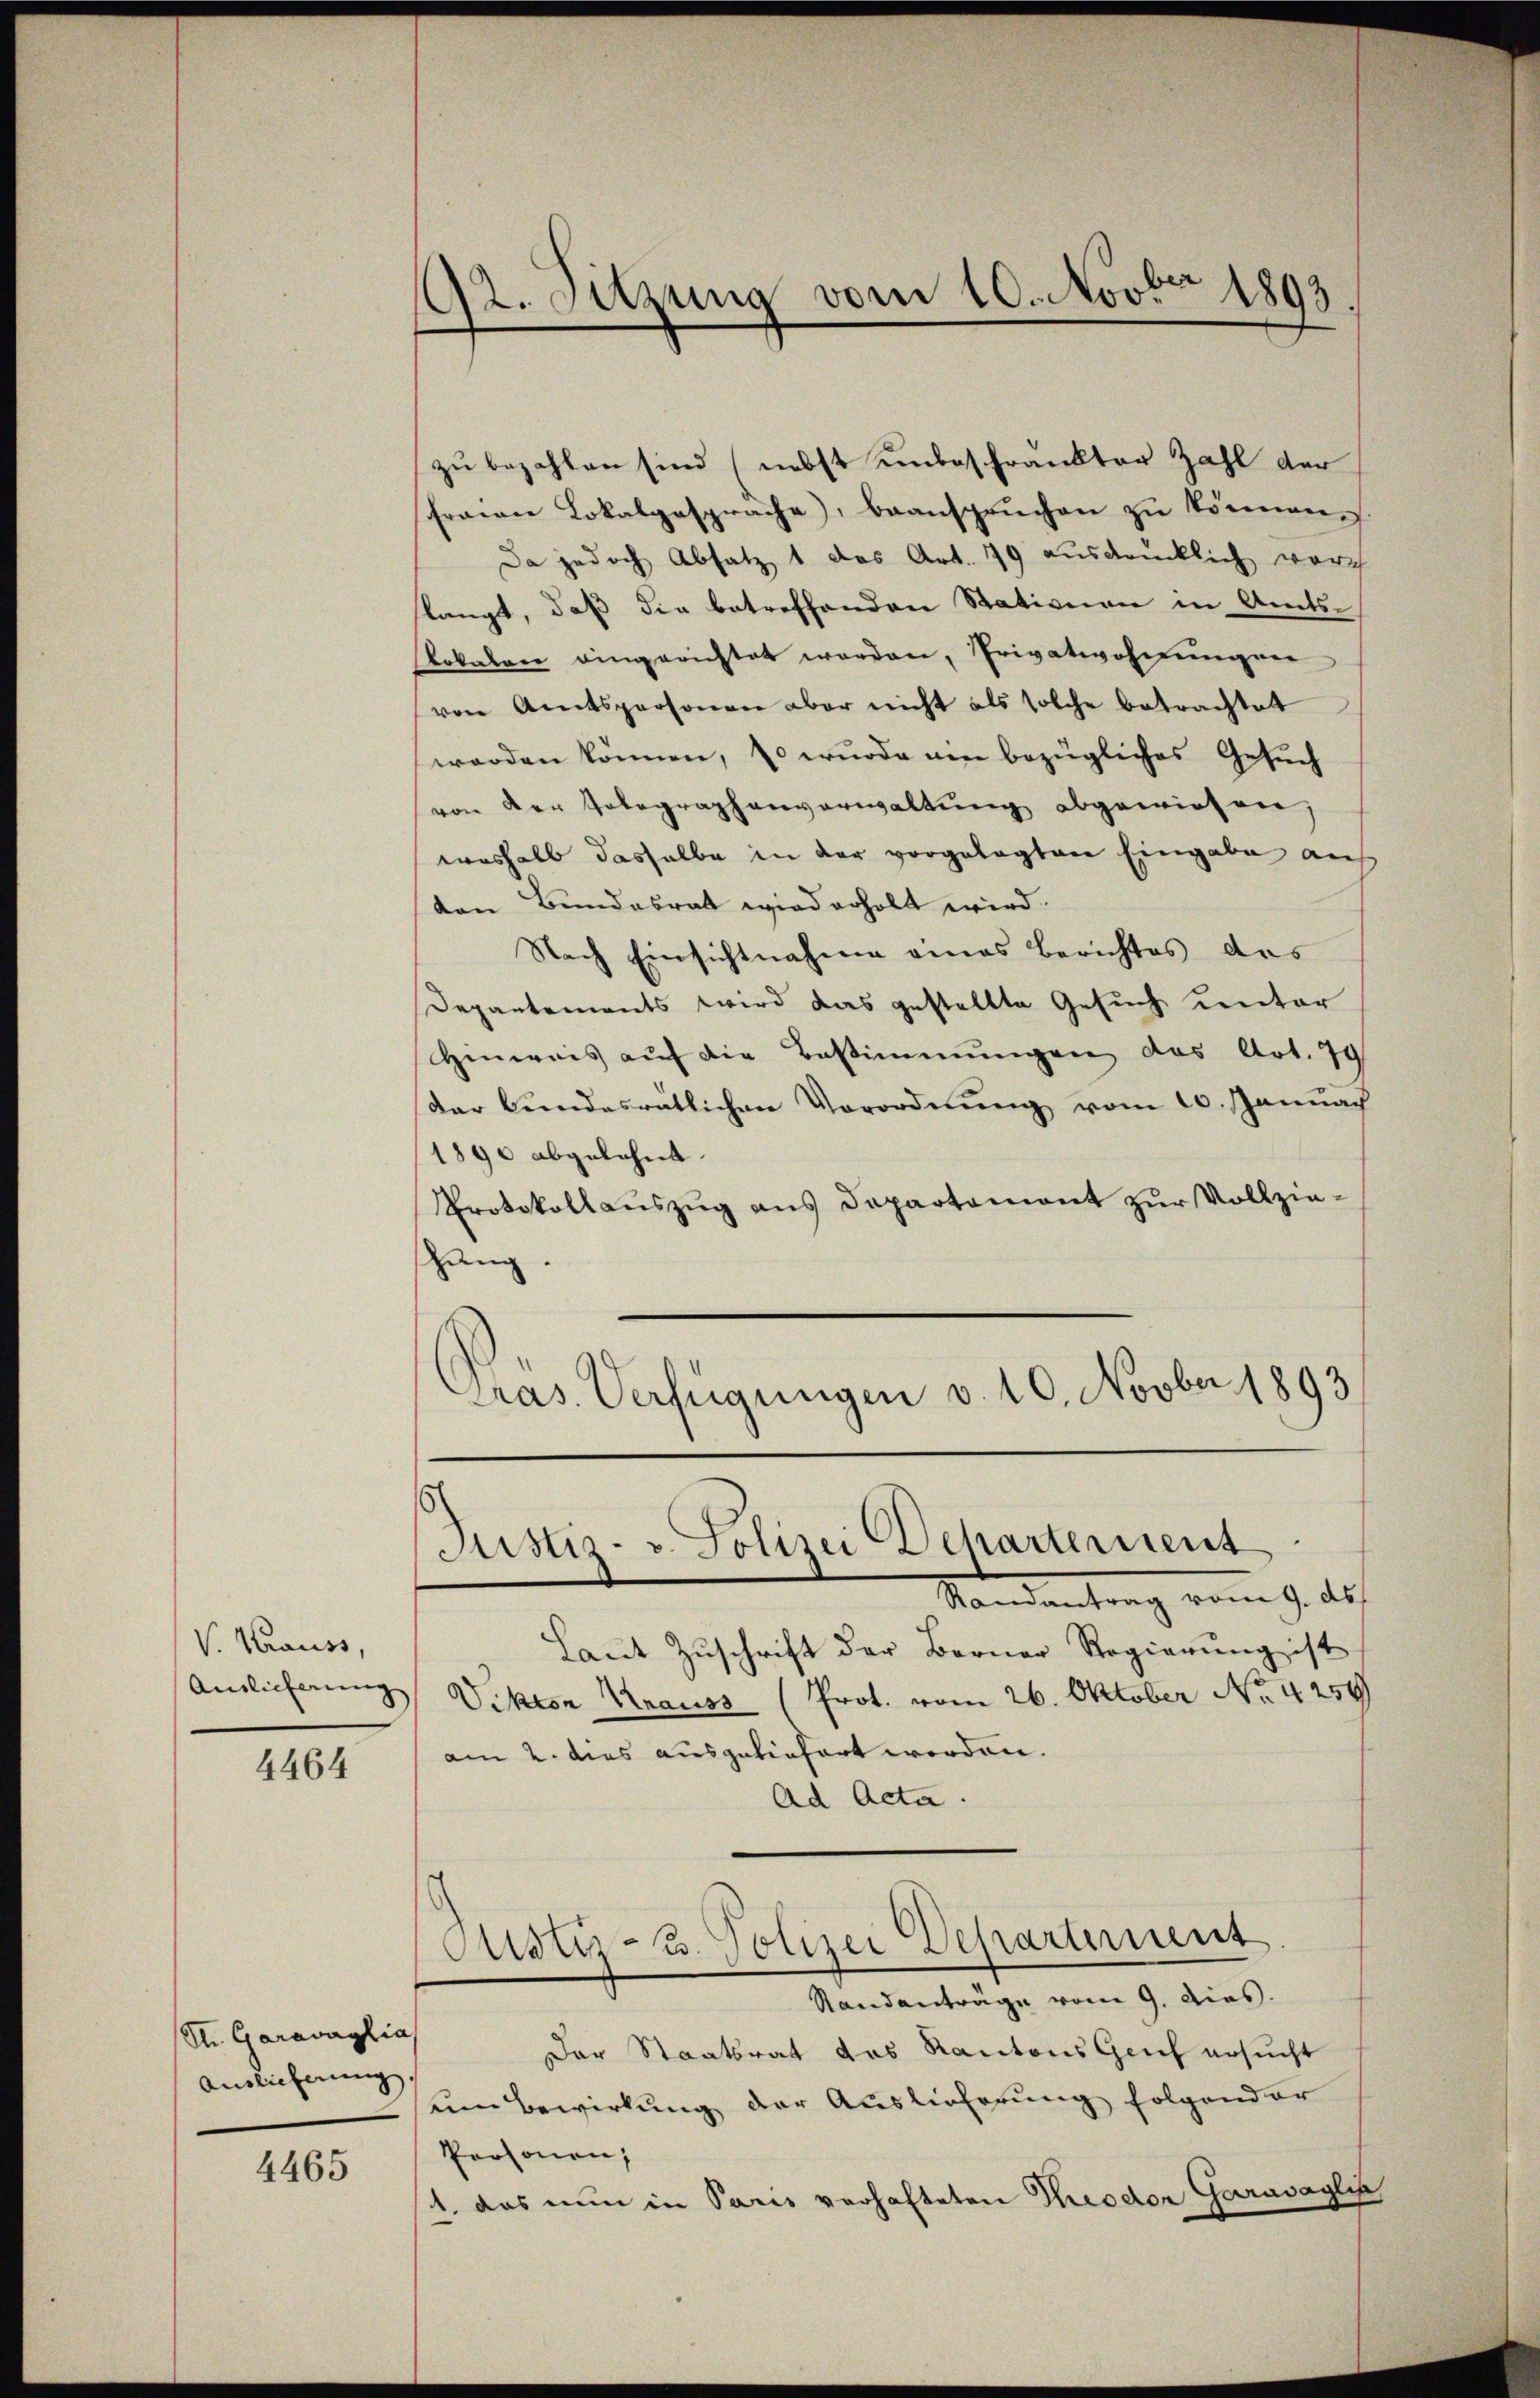
V. Krauss,
Auslieferung

4464

St. Garavaglia
Auslieferung

4465

92. Sitzung vom 10. Novbr 1893

Justiz- u. Polizei Deharternent

zu bezahlen sind (nebst unbeschränkter Zahl der
Fraian Lokalgespräche, beanspruchen zu können.
Da jedoch Absatz 1 das Art. 79 ausdrücklich wurch
slangt, daß die betreffenden Stationen in Amts-
slokalen eingerichtet worden, Privatwohnungen
von Amtspersonen aber nicht als solche betrachtet
worden können, so wurde ein bezügliches Gesuch
von der Telegraphenverwaltŭng abgewiesen;
weshalb dasselbe in der vorgelegten Eingabe auf
von Bundesrat wird erholt wird.
Nach Einsichtnahme eines Berichtes des
Departements wird das gestellte Gesuch unter
Hinweis auf die Bestimmungen das Art. 79
Dar Bundesratlichen Verordnŭng vom 20. Januach
1890 abgelehnt.
Protokollauszug aus Departament zur Vollziehang.
Gras. Verfügungen v. 10. Novber 1893

Randantrag vom 9. d.
Laut Zuschrift der Berner Regierung ist
Vikton Krauss (Prot. vom 26. Oktober No. 4259
am 2. dies ausgeliefert worden.
Ad Acta.
Justiz- u. Polizei Departement.
Standanträge vom 9. dies.
Der Staatsrat das Kantons Geich ersucht
um Bewirkung der Auslieferung folgender
Personen,
1. das nun in Paris verhafteten Theodor Garavaglin